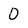
Character: 0